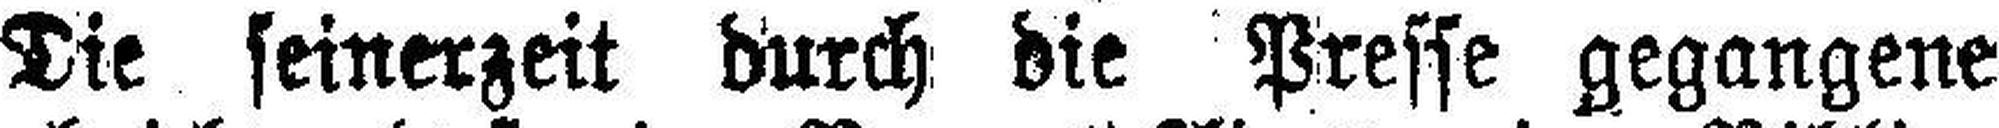
Die seinerzeit durch die Presse gegangene